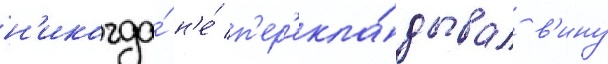
н'икогда́ н'е́ п'ер'екла́дывал в'ину